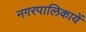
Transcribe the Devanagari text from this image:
नगरपालिकायें